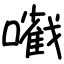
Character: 㘍